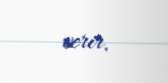
verir.